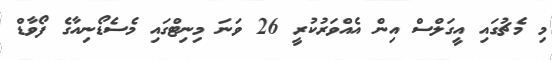
މި މެޗުގައި އީގަލްސް އިން އެއްވަރުކުރީ 26 ވަނަ މިނިޓްގައި މެސެޑޯނިއާގެ ފޯވާޑް